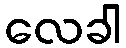
လေခါ